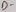
Text: D-